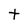
Character: t